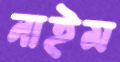
নাইম